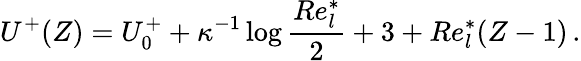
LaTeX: U^{+}(Z)=U_{0}^{+}+\kappa^{-1}\log\frac{Re_{l}^{*}}{2}+3+Re_{l}^{*}(Z-1)\, .